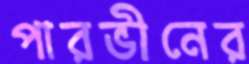
পারভীনের